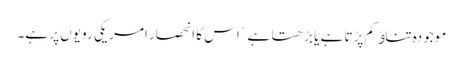
موجودہ تناﺅ کم پڑتا ہے یا بڑھتا ہے ` اس کا انحصار امریکی رویوں پر ہے۔